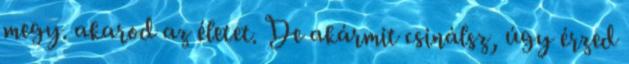
megy. akarod az életet. De akármit csinálsz, úgy érzed